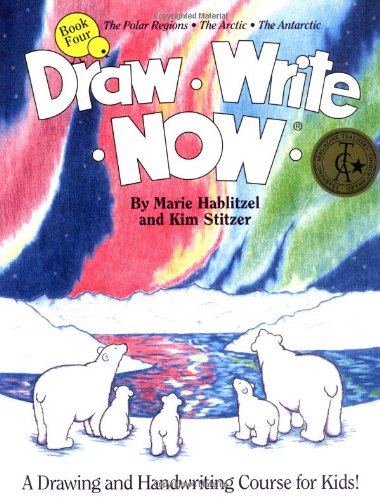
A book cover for Draw Write Now, Book 4: The Polar Regions, Arctic, Antarctic (Draw-Write-Now); Marie Hablitzel; History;